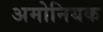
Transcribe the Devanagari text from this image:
अमोनियक